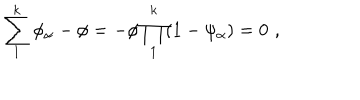
LaTeX: \sum _ { 1 } ^ { k } \phi _ { \alpha } - \phi = - \phi \prod _ { 1 } ^ { k } ( 1 - \psi _ { \alpha } ) = 0 \, \, ,